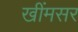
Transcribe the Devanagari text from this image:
खींमसर